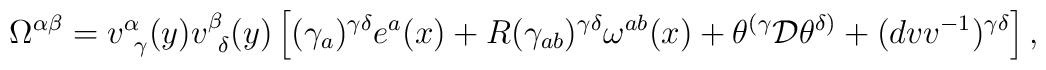
\Omega^{\alpha\beta}=v^\alpha_{~\gamma}(y)v^\beta_{~\delta}(y)\left [(\gamma_a)^{\gamma\delta}e^a(x)+R(\gamma_{ab})^{\gamma\delta}\omega^{ab}(x) + \theta^{(\gamma}{\cal D}\theta^{\delta)}+(dvv^{-1})^{\gamma\delta}\right],